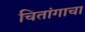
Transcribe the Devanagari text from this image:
चितांगाचा